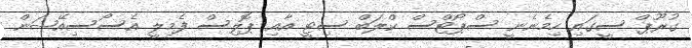
ގުރޫޕް ސީގައި ހިމެނެނީ ސްޕޯޓްސް ކްލަބް ސިޓީ އާއި ޕޮލިސް ފެމިލީ އެސޯސިއޭޝަން